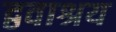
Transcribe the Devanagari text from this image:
द्ववाश्रय